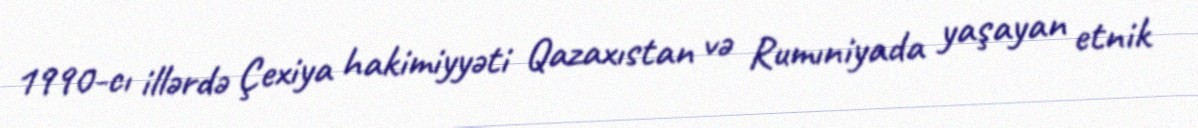
1990-cı illərdə Çexiya hakimiyyəti Qazaxıstan və Rumıniyada yaşayan etnik